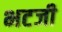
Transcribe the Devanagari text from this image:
भटजी